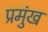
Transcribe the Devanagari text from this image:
प्रमुंख